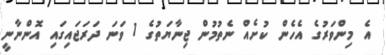
އެ މިންވަރުގެ އެހެން ކުށެއް ނެތުމުން ޖިނާޔަތުގެ 1 ވަނަ ދަރަޖައިގައި އޮންނާނީ